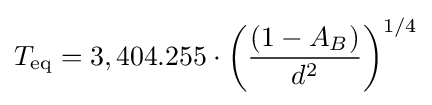
T_{\mathrm {eq} }=3,404.255\cdot {\left({\frac {\left(1-A_{B}\right)}{d^{2}}}\right)}^{1/4}